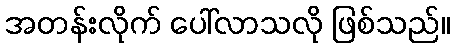
အတန်းလိုက် ပေါ်လာသလို ဖြစ်သည်။